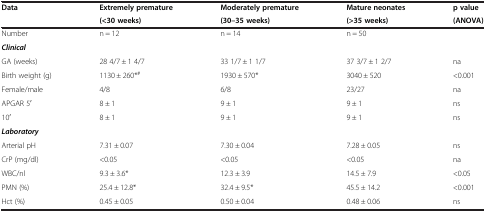
| Data | Extremely premature | Moderately premature | Mature neonates | p value |
 |  | (<30 weeks) | (30–35 weeks) | (>35 weeks) | (ANOVA) |
 | --- | --- | --- | --- | --- |
 | Number | n = 12 | n = 14 | n = 50 |  |
 | Clinical |  |  |  |  |
 | GA (weeks) | 28 4/7 ± 1 4/7 | 33 1/7 ± 1 1/7 | 37 3/7 ± 1 2/7 | na |
 | Birth weight (g) | 1130 ± 260*# | 1930 ± 570* | 3040 ± 520 | <0.001 |
 | Female/male | 4/8 | 6/8 | 23/27 | na |
 | APGAR 5ʹ | 8 ± 1 | 9 ± 1 | 9 ± 1 | ns |
 | 10ʹ | 8 ± 1 | 9 ± 1 | 9 ± 1 | ns |
 | Laboratory |  |  |  |  |
 | Arterial pH | 7.31 ± 0.07 | 7.30 ± 0.04 | 7.28 ± 0.05 | ns |
 | CrP (mg/dl) | <0.05 | <0.05 | <0.05 | na |
 | WBC/nl | 9.3 ± 3.6* | 12.3 ± 3.9 | 14.5 ± 7.9 | <0.05 |
 | PMN (%) | 25.4 ± 12.8* | 32.4 ± 9.5* | 45.5 ± 14.2 | <0.001 |
 | Hct (%) | 0.45 ± 0.05 | 0.50 ± 0.04 | 0.48 ± 0.06 | ns |